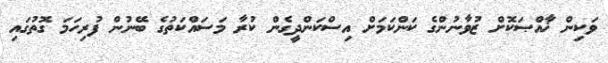
ވަކިން ޚާއްޞަކޮށް ޒުވާނުންގެ ކަންކަމަށް އިސްކަންދީގެން ކުރާ މަސައްކަތުގެ ބޭނުން ފުރިހަމަ ގޮތުގައި